Punjab Mental Hospital Lahore 1922-31 - 1922-1931
Year: 1922
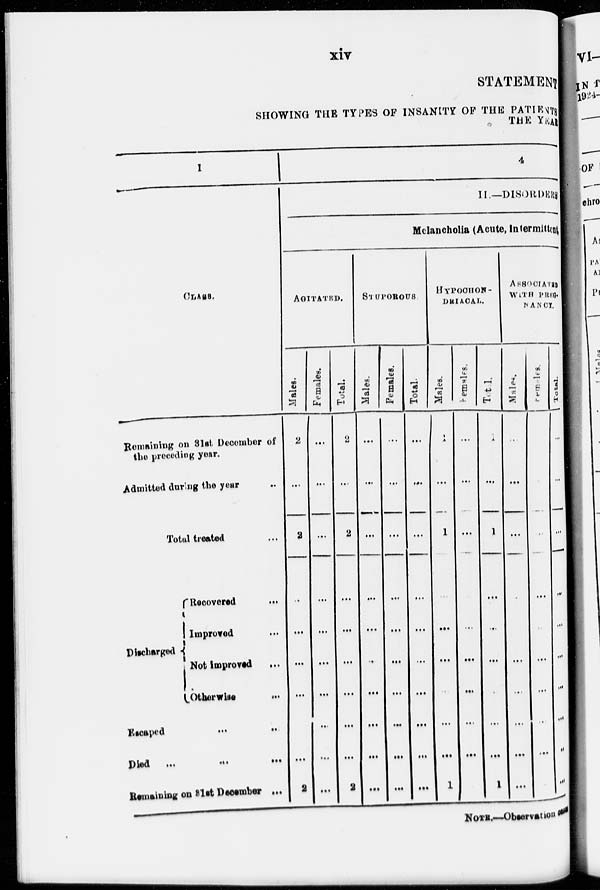
xiv
STATEMENT
SHOWING THE TYPES OF INSANITY OF THE PATIENTS
THE YEAR
1
CLASS.
Remaining on 31st December of
the preceding year.
Admitted during the year ...
Total treated ...
Discharged
Recovered
...
Improved ...
Not improved ...
Otherwise
...
Escaped
...
...
...
Died
...
...
...
Remaining on 31st December ...
4
II.—DISORDERS
Melancholia (Acute, intermittent
AGITATED.
Males.
2
...
2
...
...
...
...
...
2
Females.
...
...
...
...
...
...
...
...
...
...
Total.
2
...
2
...
...
...
...
...
...
2
STUPOROUS.
Males.
...
...
...
...
...
...
...
...
...
...
Females.
...
...
...
...
...
...
...
...
...
...
Total.
...
...
...
...
...
...
...
...
...
...
HYPOCHON-
DRIACAL.
Males.
1
...
1
...
...
...
...
...
...
1
Females.
...
...
...
...
...
...
...
...
...
...
Total.
1
...
...
...
...
...
...
...
...
1
ASSOCIATED
WITH
PREG-
NANCY.
Males.
Females.
...
...
...
...
...
...
....
...
...
...
...
...
...
...
...
...
...
...
...
Total.
...
...
...
...
...
...
...
...
...
...
NOTE.—Observation cases